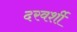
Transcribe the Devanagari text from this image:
दरवर्शी